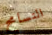
التسامح